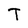
Character: T